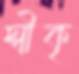
স্বীকৃ